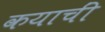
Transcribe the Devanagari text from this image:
कयाचीं